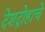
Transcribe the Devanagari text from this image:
देशद्रोहाचे